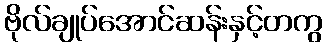
ဗိုလ်ချုပ်အောင်ဆန်းနှင့်တကွ